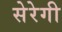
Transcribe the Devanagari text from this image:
सेरेगी